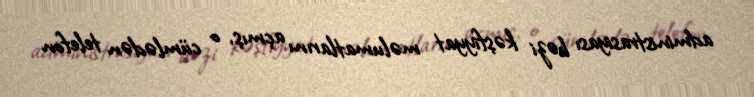
administrasiyası bəzi kəşfiyyat məlumatlarını açmış, o cümlədən telefon